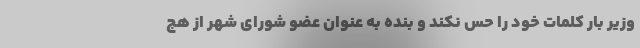
وزیر بار کلمات خود را حس نکند و بنده به عنوان عضو شورای شهر از هج